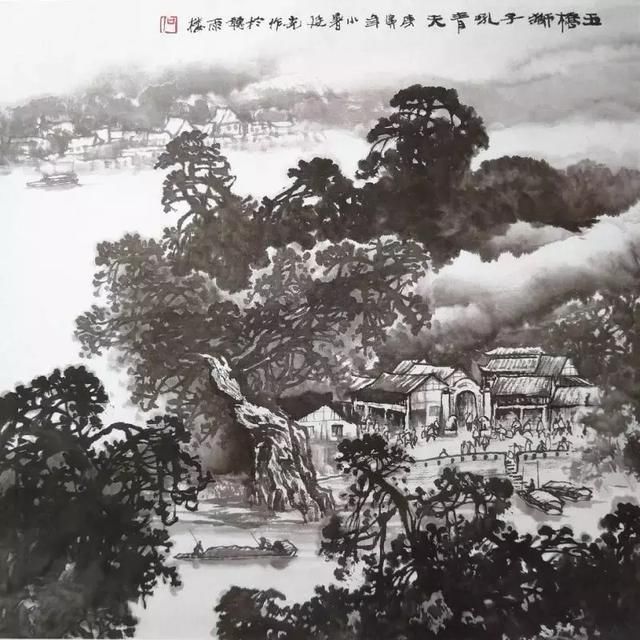
可誉而不誉，非仁也。